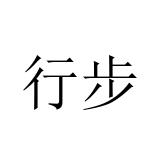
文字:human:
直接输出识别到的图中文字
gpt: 行步